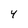
Character: 4